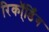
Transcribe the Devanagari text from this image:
रिकॉ्र्डिंग